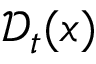
\mathcal { D } _ { t } ( x )